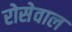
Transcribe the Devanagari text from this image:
रोसेवाल